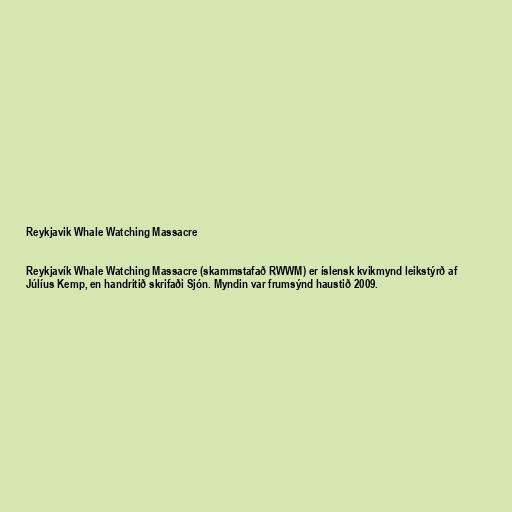
Reykjavik Whale Watching Massacre

Reykjavík Whale Watching Massacre (skammstafað RWWM) er íslensk kvikmynd leikstýrð af
Júlíus Kemp, en handritið skrifaði Sjón. Myndin var frumsýnd haustið 2009.